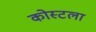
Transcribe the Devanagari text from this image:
कोस्टला